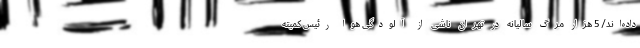
داده‌اند/ 5 هزار مرگ سالیانه در تهران ناشی از آلودگی هوا رئیس کمیته